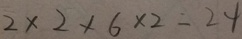
2 \times 2 \times 6 \times 2 = 2 4